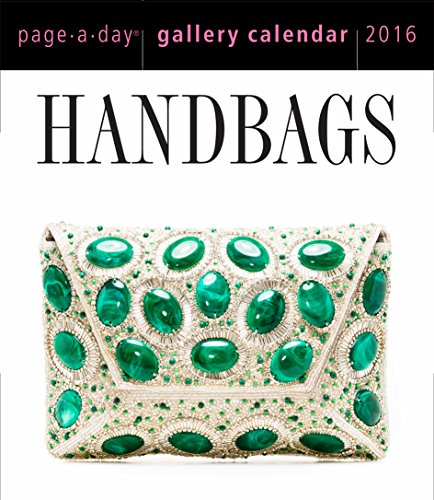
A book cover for Handbags Page-A-Day Gallery Calendar 2016; Workman Publishing; Calendars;